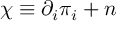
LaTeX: \chi \equiv \partial _ { i } \pi _ { i } + n